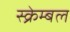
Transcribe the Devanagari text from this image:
स्क्रेम्बल